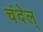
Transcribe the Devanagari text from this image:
चंदेल्